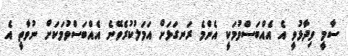
ސާމީ ވިދާޅުވީ އެ އެއްބަސްވުމަކީ އެންމެ ރަނގަޅަށް އަމަލުކުރެވޭނެ އެއްބަސްވުމަކަށް ނުވާތީ އެ